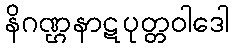
နိဂဏ္ဌနာဋပုတ္တဝါဒေါ